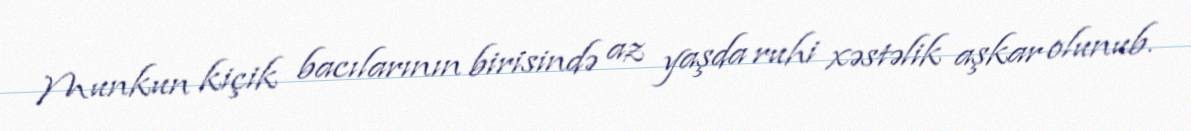
Munkun kiçik bacılarının birisində az yaşda ruhi xəstəlik aşkar olunub.